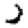
Digit: 2